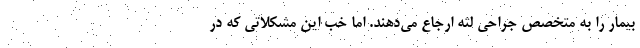
بیمار را به متخصص جراحی لثه ارجاع می‌دهند. اما خب این مشکلاتی که در